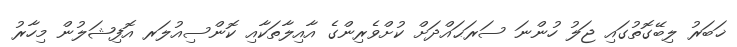
ޚަބަރު ލިބޭގޮތުގައި ޖަލު ހުންނަ ސަރަޙައްދަށް ކުށްވެރިންގެ އާއިލާތަކާއި ކޮންސިއުލަރ އޮފިޝަލުން މިހާރު